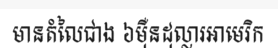
មានតំលៃជាង ៦ម៉ឺនដុល្លារអាមេរិក